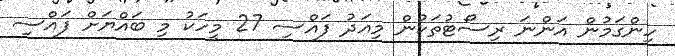
ހިންގަމުން އަންނަ ރިސޯޓުތަކުން މިއަދު ފައްސި 27 މީހަކު މި ބައްޔަަށް ފައްސި